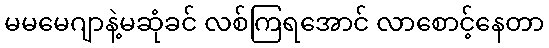
မမမေဂျာနဲ့မဆုံခင် လစ်ကြရအောင် လာစောင့်နေတာ